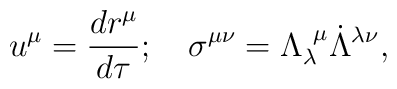
u^\mu={{dr^\mu}\over{d\tau}};~~~\sigma^{\mu\nu}=\Lambda_{\lambda}^{~\mu}\dot{\Lambda}^{\lambda\nu},